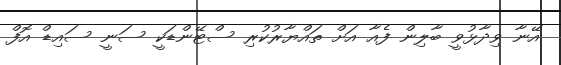
އޭނާ ވިދާޅުވީ ބާލިން ފެއާ އަށް ތައްޔާރުކުރި ސްޓޭންޑަކީ ސަނީ ސައިޑް އޮފް